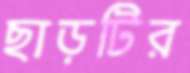
ছাড়টির